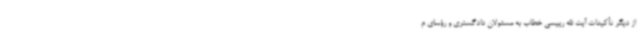
از دیگر تأکیدات آیت الله رییسی خطاب به مسئولان دادگستری و رؤسای م